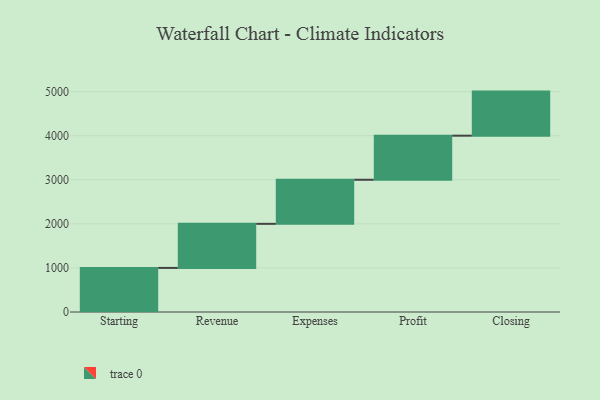
{"axis": {"x": "Step", "y": "Value"}, "legend": [""], "data": [{"x": "Starting", "y": 1000, "type": ""}, {"x": "Revenue", "y": 1000, "type": ""}, {"x": "Expenses", "y": 1000, "type": ""}, {"x": "Profit", "y": 1000, "type": ""}, {"x": "Closing", "y": 1000, "type": ""}]}